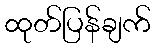
ထုတ်ပြန်ချက်